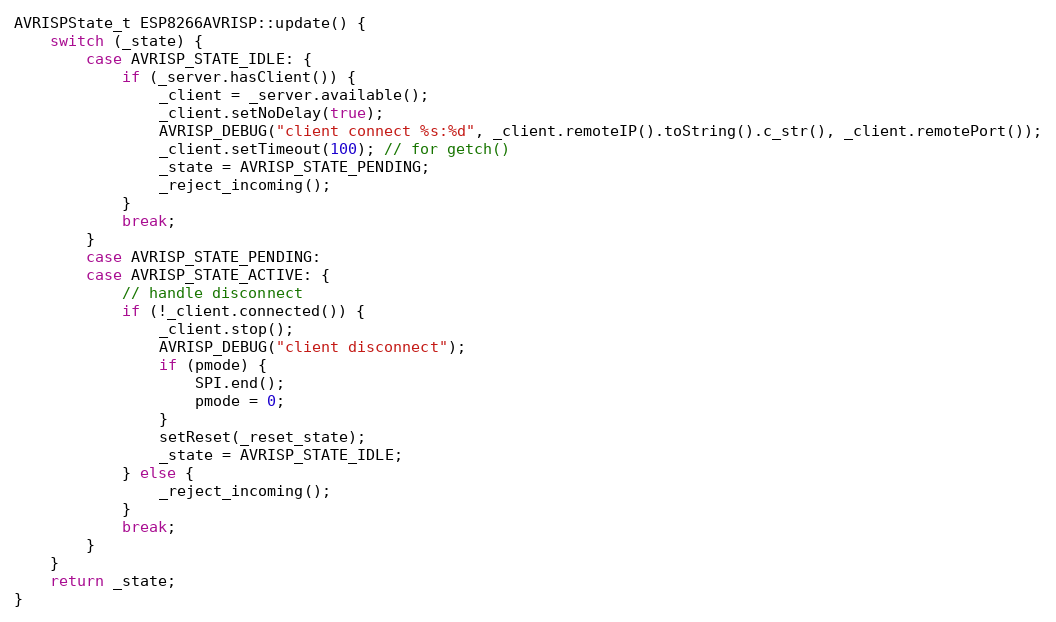
Language: C++
AVRISPState_t ESP8266AVRISP::update() {
    switch (_state) {
        case AVRISP_STATE_IDLE: {
            if (_server.hasClient()) {
                _client = _server.available();
                _client.setNoDelay(true);
                AVRISP_DEBUG("client connect %s:%d", _client.remoteIP().toString().c_str(), _client.remotePort());
                _client.setTimeout(100); // for getch()
                _state = AVRISP_STATE_PENDING;
                _reject_incoming();
            }
            break;
        }
        case AVRISP_STATE_PENDING:
        case AVRISP_STATE_ACTIVE: {
            // handle disconnect
            if (!_client.connected()) {
                _client.stop();
                AVRISP_DEBUG("client disconnect");
                if (pmode) {
                    SPI.end();
                    pmode = 0;
                }
                setReset(_reset_state);
                _state = AVRISP_STATE_IDLE;
            } else {
                _reject_incoming();
            }
            break;
        }
    }
    return _state;
}